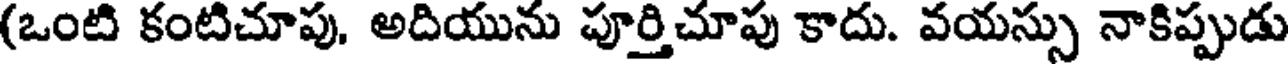
(ఒంటి కంటిచూపు, అదియును పూర్తిచూపు కాదు. వయస్సు నాకిప్పుడు